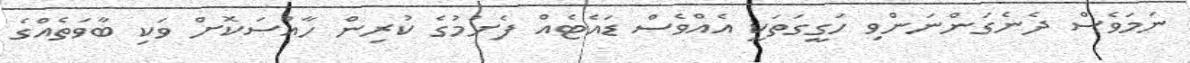
ނަމަވެސް ދެނެގަންނަންވި ހަގީގަތަކީ އެއްވެސް ޑައެޓެއް ފެށުމުގެ ކުރިން ހާއްސަކޮށް ވަކި ބާވަތެއްގެ